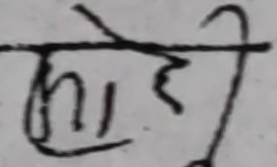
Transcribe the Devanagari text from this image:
होई